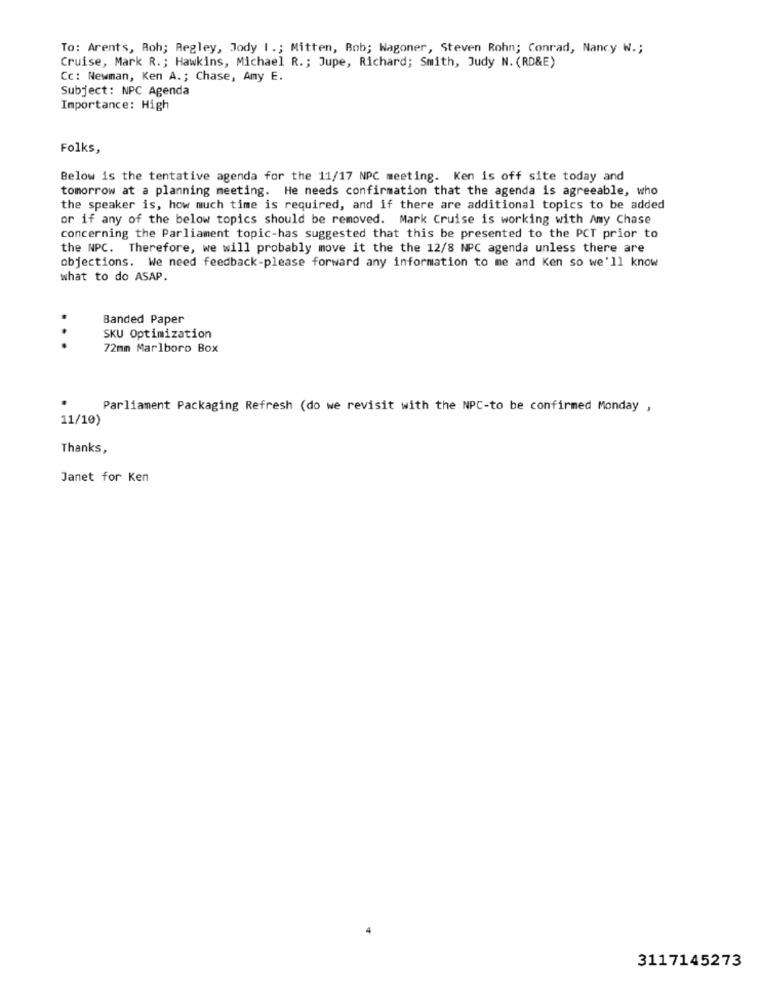
To: Arents, Roh; Regley, Jody I .; Mitten, Bob; Wagoner, Steven Rohn; Conrad, Nancy W .;
Cruise, Mark R .; Hawkins, Michael R .; Jupe, Richard; Smith, Judy N. (RD&E)
Cc: Newman, Ken A .; Chase, Amy E.
Subject: NPC Agenda
Importance: High
Folks,
Below is the tentative agenda for the 11/17 NPC meeting. Ken is off site today and
tomorrow at a planning meeting. He needs confirmation that the agenda is agreeable, who
the speaker is, how much time is required, and if there are additional topics to be added
or if any of the below topics should be removed. Mark Cruise is working with Amy Chase
concerning the Parliament topic-has suggested that this be presented to the PCT prior to
the NPC. Therefore, we will probably move it the the 12/8 NPC agenda unless there are
objections. We need feedback-please forward any information to me and Ken so we'll know
what to do ASAP.
Banded Paper
SKU Optimization
...
72mm Marlboro Box
Parliament Packaging Refresh (do we revisit with the NPC-to be confirmed Monday ,
11/10)
Thanks,
Janet for Ken
3117145273